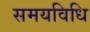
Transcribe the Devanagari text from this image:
समयविधि